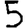
Digit: 5